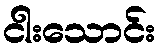
ငါးသောင်း